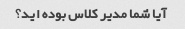
آیا شما مدیر کلاس بوده اید؟